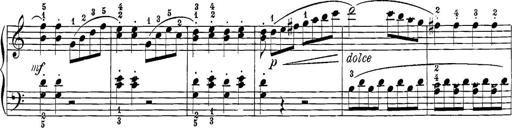
Title: 12 Sonatine per Pianoforte
Composer: Friedrich Kuhlau